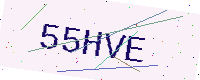
Text: 55HVE